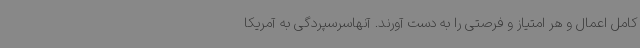
کامل اعمال و هر امتیاز و فرصتی را به دست آورند. آنهاسرسپردگی به آمریکا